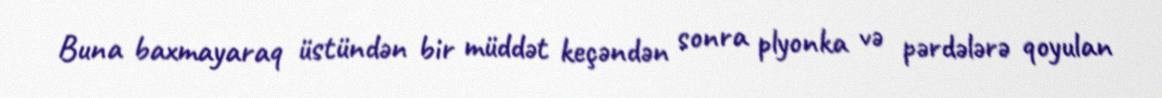
Buna baxmayaraq üstündən bir müddət keçəndən sonra plyonka və pərdələrə qoyulan